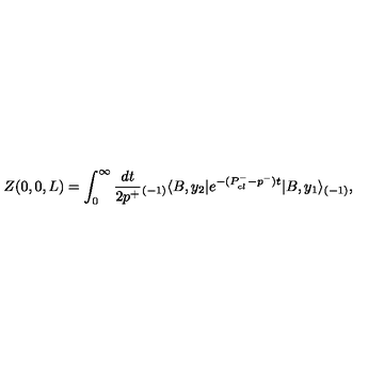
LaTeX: Z ( 0 , 0 , L ) = \int _ { 0 } ^ { \infty } { \frac { d t } { 2 p ^ { + } } } { _ { ( - 1 ) } \langle } B , y _ { 2 } | e ^ { - ( P _ { c l } ^ { - } - p ^ { - } ) t } | B , y _ { 1 } \rangle _ { ( - 1 ) } ,